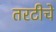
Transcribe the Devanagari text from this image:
तरटीचे